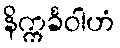
နိက္ကင်္ခဝါဟံ